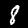
Label: 8